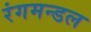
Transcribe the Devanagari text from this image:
रंगमन्डल